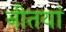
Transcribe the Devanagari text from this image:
नीतयां